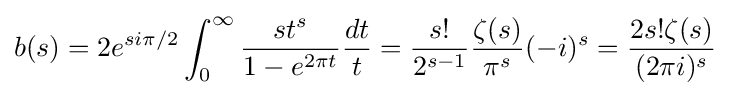
b(s)=2e^{si\pi /2}\int _{0}^{\infty }{\frac {st^{s}}{1-e^{2\pi t}}}{\frac {dt}{t}}={\frac {s!}{2^{s-1}}}{\frac {\zeta (s)}{{}\pi ^{s}{}}}(-i)^{s}={\frac {2s!\zeta (s)}{(2\pi i)^{s}}}